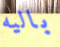
باليه